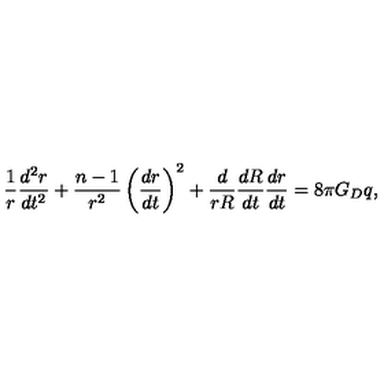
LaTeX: \frac { 1 } { r } \frac { d ^ { 2 } r } { d t ^ { 2 } } + \frac { n - 1 } { r ^ { 2 } } \left( \frac { d r } { d t } \right) ^ { 2 } + \frac { d } { r R } \frac { d R } { d t } \frac { d r } { d t } = 8 \pi G _ { D } q ,